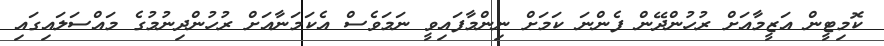
ކޮމިޓީން އަޒީމާއަށް ރުހުންދޭން ފެންނަ ކަމަށް ނިންމާފައިވީ ނަމަވެސް އެކަމަނާއަށް ރުހުންދިނުމުގެ މައްސަލައިގައި